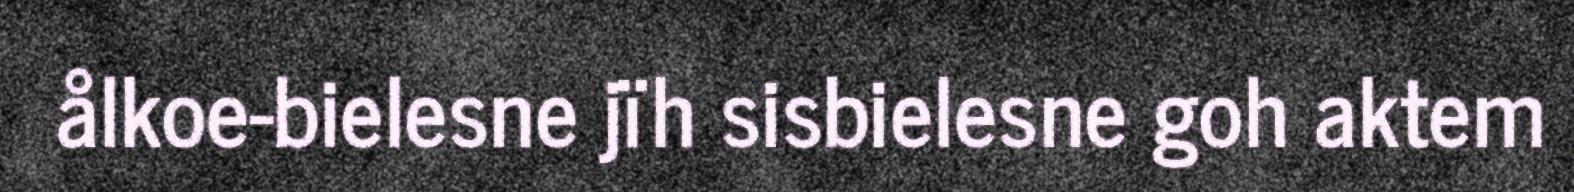
ålkoe-bielesne jïh sisbielesne goh aktem